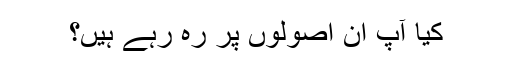
کیا آپ ان اصولوں پر رہ رہے ہیں؟